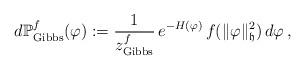
LaTeX: \begin{align*}d \mathbb{P}_{\mathrm{Gibbs}}^{f}(\varphi):=\frac{1}{z_{\mathrm{Gibbs}}^{f}}\,e^{-H(\varphi)}\,f(\|\varphi\|_{\mathfrak{h}}^2)\,d\varphi\,,\end{align*}